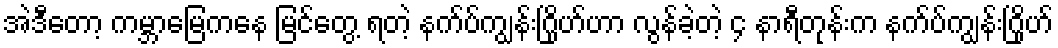
အဲဒီတော့ ကမ္ဘာမြေကနေ မြင်တွေ့ ရတဲ့ နက်ပ်ကျွန်းဂြိုဟ်ဟာ လွန်ခဲ့တဲ့ ၄ နာရီတုန်းက နက်ပ်ကျွန်းဂြိုဟ်